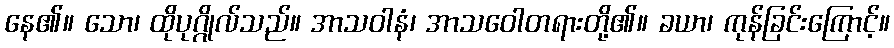
နေ၏။ သော၊ ထိုပုဂ္ဂိုလ်သည်။ အာသဝါနံ၊ အာသဝေါတရားတို့၏။ ခယာ၊ ကုန်ခြင်းကြောင့်။